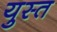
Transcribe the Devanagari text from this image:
युस्त